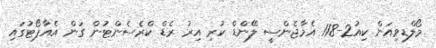
މޯލްޑިވިއަން ކިއު2-118 އެމާޖެންސީ ލޭންޑް ކުރި އިރު ރެޑް ކްރެސެންޓުން ގަން އެއާޕޯޓުގައި